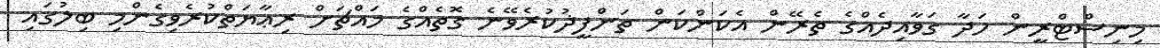
މިނިސްޓްރީން ހަދާ ގަވާއިދެއްގެ ތެރޭން އެކަންކަން ތަންފީޛުކުރެވޭނެ ގޮތެއްގެ މައްޗަށް ރިޢާޔަތްކުރެވިގެންމި ބިލުގައި